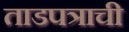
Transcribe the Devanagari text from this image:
ताडपत्राची